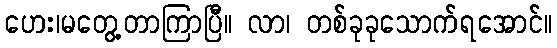
ဟေး၊မတွေ့တာကြာပြီ။ လာ၊ တစ်ခုခုသောက်ရအောင်။